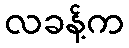
လခန့်က